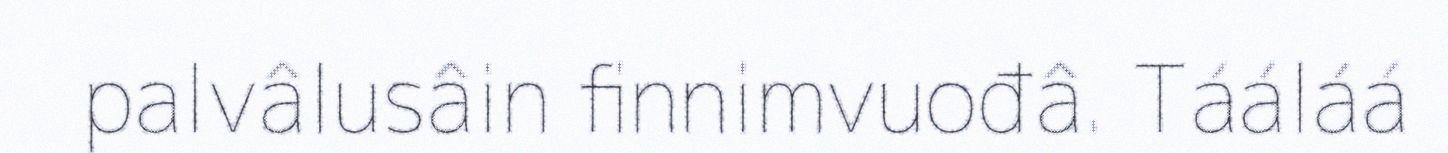
palvâlusâin finnimvuođâ. Tááláá